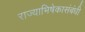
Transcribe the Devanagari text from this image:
राज्याभिषेकासंबंधी